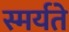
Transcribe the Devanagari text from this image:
स्मर्यते